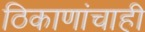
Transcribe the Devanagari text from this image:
ठिकाणांचाही